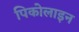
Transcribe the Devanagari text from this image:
पिकोलाइन